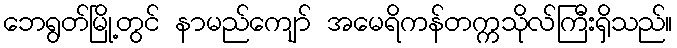
ဘေရွတ်မြို့တွင် နာမည်ကျော် အမေရိကန်တက္ကသိုလ်ကြီးရှိသည်။